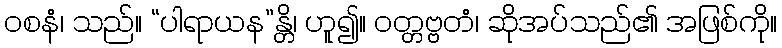
ဝစနံ၊ သည်။ “ပါရာယန”န္တိ၊ ဟူ၍။ ဝတ္တဗ္ဗတံ၊ ဆိုအပ်သည်၏ အဖြစ်ကို။